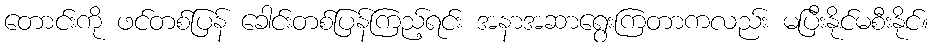
တောင်းကို ဖင်တစ်ပြန် ခေါင်းတစ်ပြန်ကြည့်ရင်း အနာအဆာရွေးကြတာကလည်း မပြီးနိုင်မစီးနိုင်။